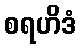
စရဟိဒံ